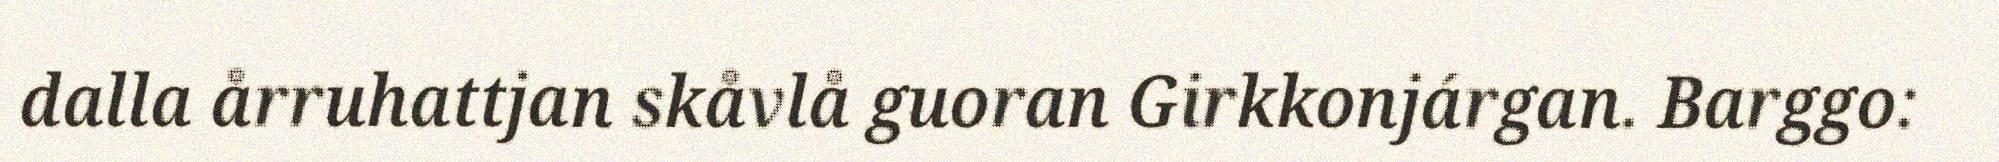
dalla årruhattjan skåvlå guoran Girkkonjárgan. Barggo: